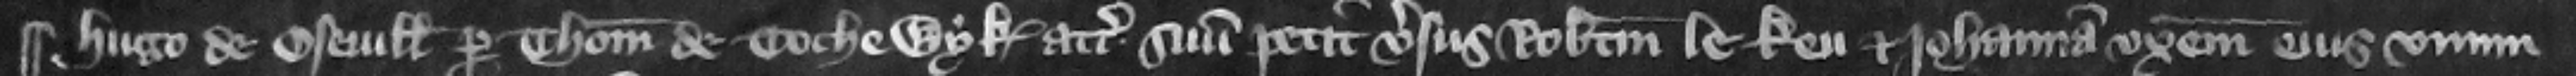
¶ Hugo de Oseuill per Thomam de Tochewyk attornatum suum petit versus Robertum le Keu et Iohannam vxorem eius vnum